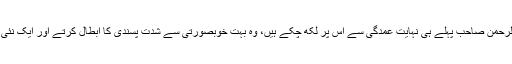
بریلوی مکتب فکر سے مفتی منیب الرحمن صاحب پہلے ہی نہایت عمدگی سے اس پر لکھ چکے ہیں، وہ بہت خوبصورتی سے شدت پسندی کا ابطال کرتے اور ایک نئی شائستہ علمی روایت قائم کرتے ہیں۔